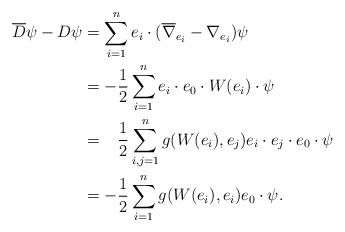
LaTeX: \begin{align*}\overline D \psi - D \psi &= \sum_{i=1}^n e_i \cdot (\overline\nabla_{e_i}-\nabla_{e_i}) \psi \\&=- \frac12 \sum_{i=1}^n e_i \cdot e_0 \cdot W(e_i) \cdot \psi \\&= \phantom{-}\frac12 \sum_{i,j=1}^n g(W(e_i),e_j) e_i \cdot e_j \cdot e_0 \cdot \psi \\&=-\frac12 \sum_{i=1}^n g(W(e_i),e_i) e_0 \cdot \psi.\end{align*}